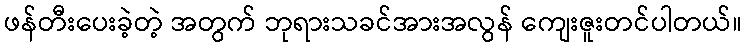
ဖန်တီးပေးခဲ့တဲ့ အတွက် ဘုရားသခင်အားအလွန် ကျေးဇူးတင်ပါတယ်။